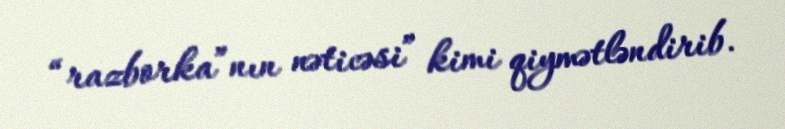
“razborka”nın nəticəsi” kimi qiymətləndirib.